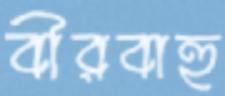
বীরবাহু